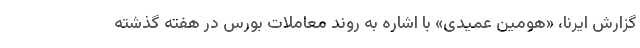
گزارش ایرنا، «هومین عمیدی» با اشاره به روند معاملات بورس در هفته گذشته